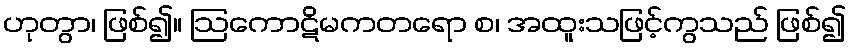
ဟုတွာ၊ ဖြစ်၍။ ဩကောဋိမကတရော စ၊ အထူးသဖြင့်ကွသည် ဖြစ်၍